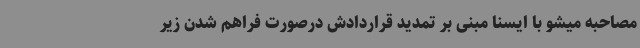
مصاحبه میشو با ایسنا مبنی بر تمدید قراردادش درصورت فراهم شدن زیر